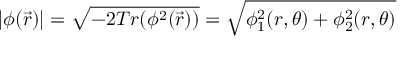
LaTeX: | \phi ( \vec { r } ) | = \sqrt { - 2 T r ( \phi ^ { 2 } ( \vec { r } ) ) } = \sqrt { \phi _ { 1 } ^ { 2 } ( r , \theta ) + \phi _ { 2 } ^ { 2 } ( r , \theta ) }